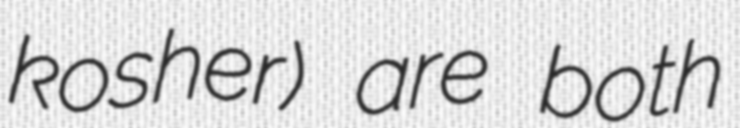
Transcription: kosher) are both